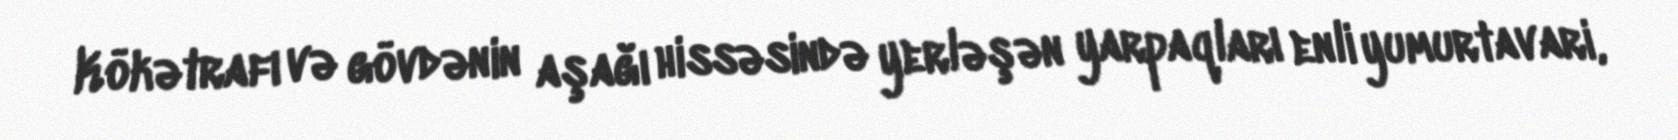
Kökətrafı və gövdənin aşağı hissəsində yerləşən yarpaqları enli yumurtavari,